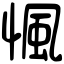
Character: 𢞁